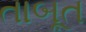
તાબૂત